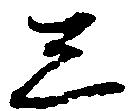
し